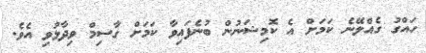
ހައްގު ގެއްލޭނެ ކަމަށް އެ ކޮމިޝަނުން ބުނެފައިވާ ކަމަށް ގާސިމް ވިދާޅުވި އެވެ.